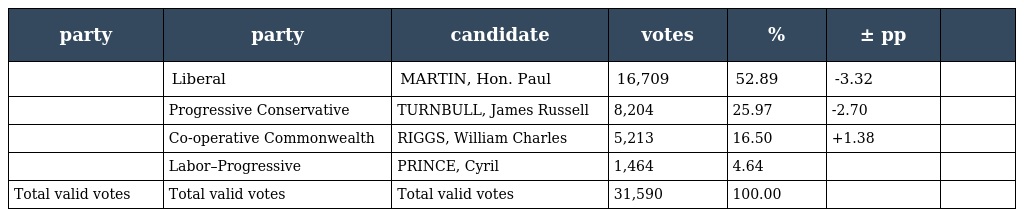
| party | party | candidate | votes | % | ± pp |  |
 | --- | --- | --- | --- | --- | --- | --- |
 |  | Liberal | MARTIN, Hon. Paul | 16,709 | 52.89 | -3.32 |  |
 |  | Progressive Conservative | TURNBULL, James Russell | 8,204 | 25.97 | -2.70 |  |
 |  | Co-operative Commonwealth | RIGGS, William Charles | 5,213 | 16.50 | +1.38 |  |
 |  | Labor–Progressive | PRINCE, Cyril | 1,464 | 4.64 |  |  |
 | Total valid votes | Total valid votes | Total valid votes | 31,590 | 100.00 |  |  |